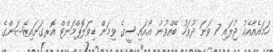
ހަމައެއާއެކު ޖުލައި 7 ވަނަ ދުވަހު ބޭއްވުނު އޯ.އައި.ސީގެ ވިމަން ޑިވަލޮޕްމަންޓް އޮރގަނައިޒޭޝަންގެ